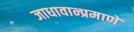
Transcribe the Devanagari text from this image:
जाधावान्प्रमाणे